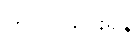
တင်ပြသွားရန်